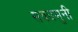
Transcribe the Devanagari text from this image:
सक्यमुनी